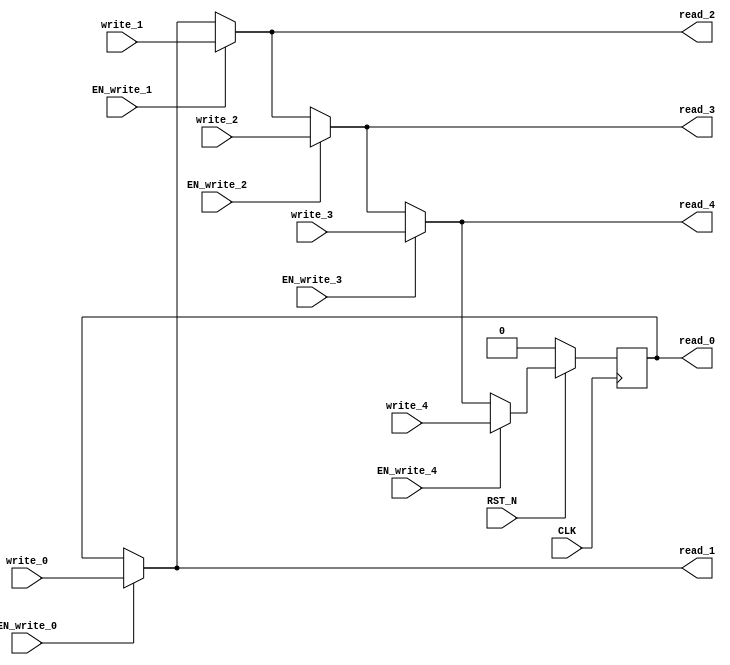
module EHR_5 (
    CLK,
    RST_N,
    read_0,
    write_0,
    EN_write_0,
    read_1,
    write_1,
    EN_write_1,
    read_2,
    write_2,
    EN_write_2,
    read_3,
    write_3,
    EN_write_3,
    read_4,
    write_4,
    EN_write_4
);
    parameter            DATA_SZ = 1;
    parameter            RESET_VAL = 0;
    input                CLK;
    input                RST_N;
    output [DATA_SZ-1:0] read_0;
    input  [DATA_SZ-1:0] write_0;
    input                EN_write_0;
    output [DATA_SZ-1:0] read_1;
    input  [DATA_SZ-1:0] write_1;
    input                EN_write_1;
    output [DATA_SZ-1:0] read_2;
    input  [DATA_SZ-1:0] write_2;
    input                EN_write_2;
    output [DATA_SZ-1:0] read_3;
    input  [DATA_SZ-1:0] write_3;
    input                EN_write_3;
    output [DATA_SZ-1:0] read_4;
    input  [DATA_SZ-1:0] write_4;
    input                EN_write_4;
    reg    [DATA_SZ-1:0] r;
    wire   [DATA_SZ-1:0] wire_0;
    wire   [DATA_SZ-1:0] wire_1;
    wire   [DATA_SZ-1:0] wire_2;
    wire   [DATA_SZ-1:0] wire_3;
    wire   [DATA_SZ-1:0] wire_4;
    wire   [DATA_SZ-1:0] wire_5;
    assign wire_0 = r;
    assign wire_1 = EN_write_0 ? write_0 : wire_0;
    assign wire_2 = EN_write_1 ? write_1 : wire_1;
    assign wire_3 = EN_write_2 ? write_2 : wire_2;
    assign wire_4 = EN_write_3 ? write_3 : wire_3;
    assign wire_5 = EN_write_4 ? write_4 : wire_4;
    assign read_0 = wire_0;
    assign read_1 = wire_1;
    assign read_2 = wire_2;
    assign read_3 = wire_3;
    assign read_4 = wire_4;
    always @(posedge CLK) begin
        if (RST_N == 0) begin
            r <= RESET_VAL;
        end else begin
            r <= wire_5;
        end
    end
endmodule